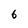
Character: 6